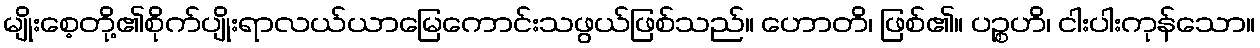
မျိုးစေ့တို့၏စိုက်ပျိုးရာလယ်ယာမြေကောင်းသဖွယ်ဖြစ်သည်။ ဟောတိ၊ ဖြစ်၏။ ပဉ္စဟိ၊ ငါးပါးကုန်သော။